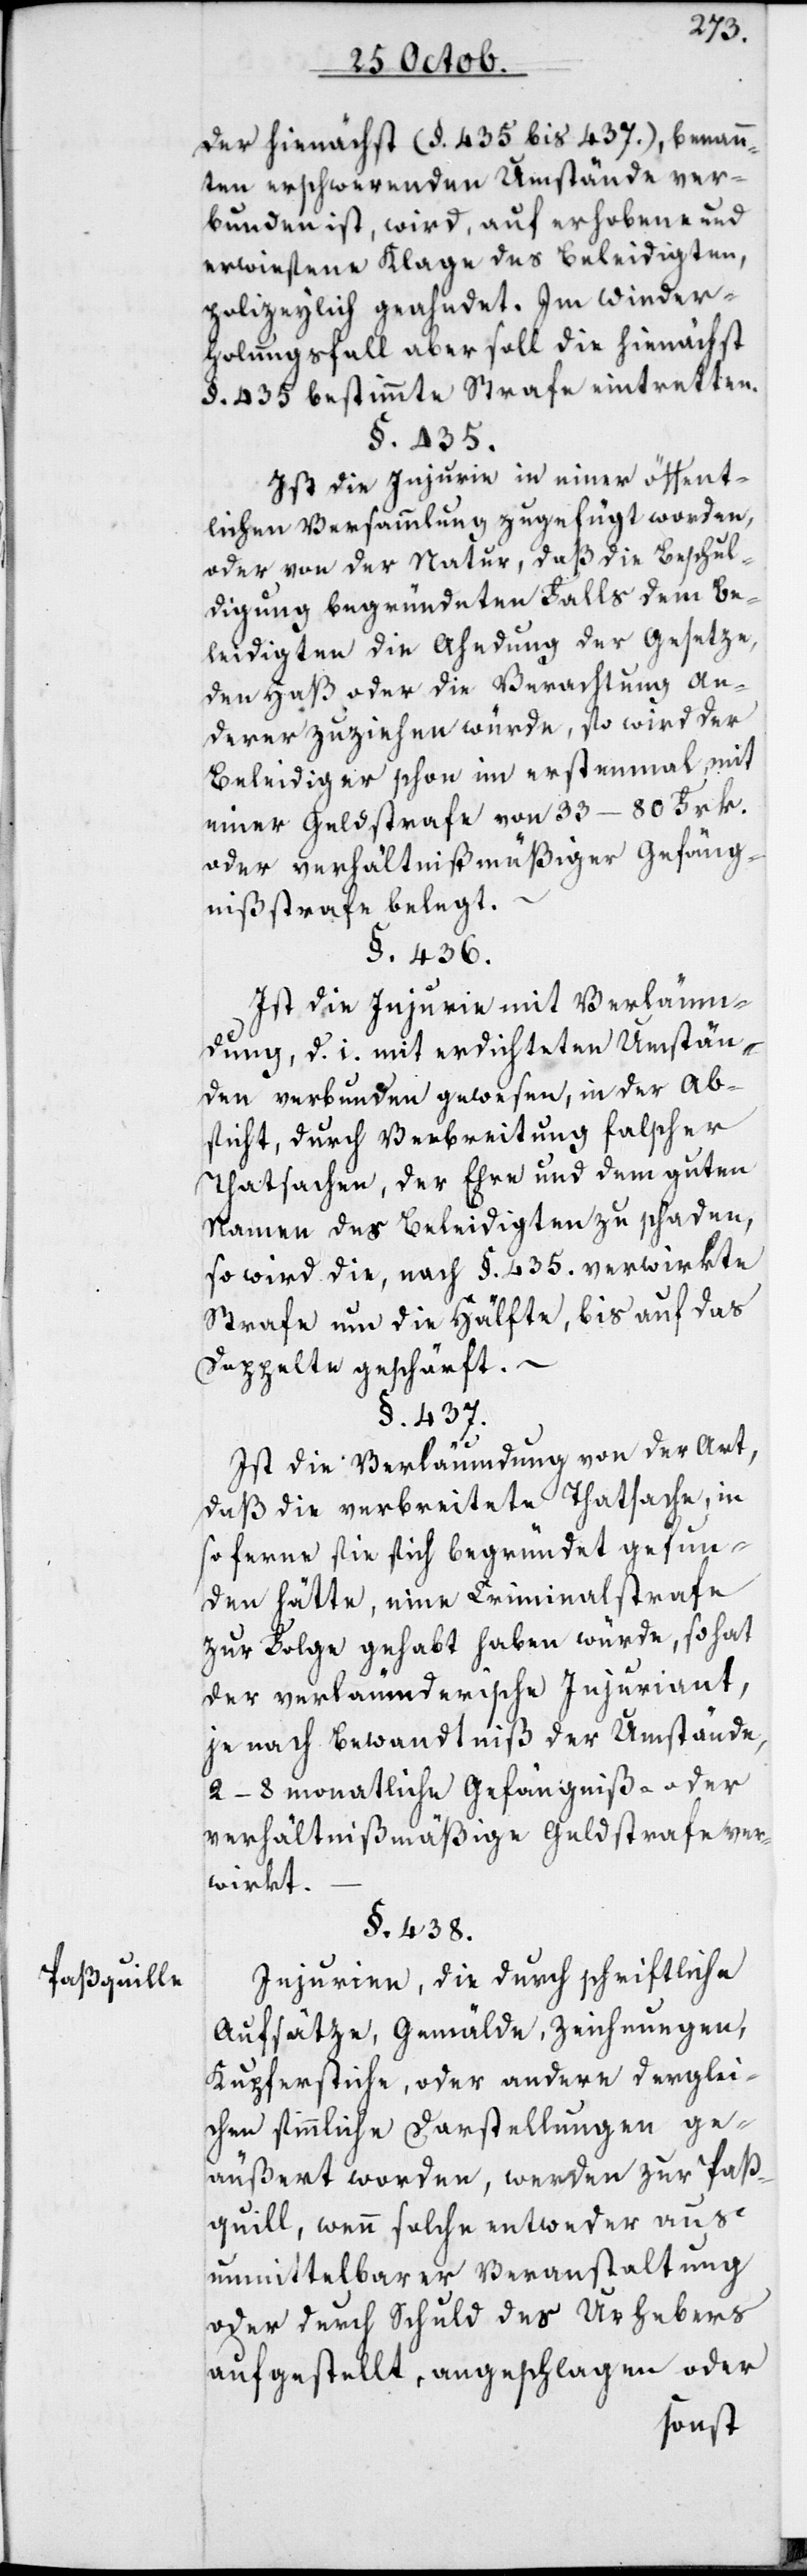
Paßquille.

der hienächst (§. 435 bis 437), benann¬
ten erschwerenden Umstände ver¬
bunden ist, wird, auf erhobene und
erwiesene Klage des Beleidigten,
polizeylich geahndet. Im Wieder¬
holungsfall aber soll die hienächst
§. 435 bestimmte Strafe eintretten.
§. 435.
Ist die Injurie in einer öffent¬
lichen Versammlung zugefügt worden,
oder von der Natur, daß die Beschul¬
digung begründeten Falls dem Be¬
leidigten die Ahndung der Gesetze,
den Haß oder die Verachtung An¬
derer zuziehen würde, so wird der
Beleidiger schon im erstenmal mit
einer Geldstrafe von 33–80 Frk.
oder verhältnißmäßiger Gefäng¬
nißstrafe belegt.
§. 436.
Ist die Injurie mit Verläum¬
dung, d. i. mit erdichteten Umstän¬
den verbunden gewesen, in der Ab¬
sicht, durch Verbreitung falscher
Thatsachen, der Ehre und dem guten
Namen des Beleidigten zu schaden,
so wird die, nach §. 435. verwirkte
Strafe um die Hälfte, bis auf das
Doppelte geschärft. –
§. 437.
Ist die Verläumdung von der Art,
daß die verbreitete Thatsache, in
so ferne sie sich begründet gefun¬
den hätte, eine Criminalstrafe
zur Folge gehabt haben würde, so hat
der verläumderische Injuriant,
je nach Bewandtniß der Umstände,
2–8 monatliche Gefängniß- oder
verhältnißmäßige Geldstrafe ver¬
wirkt.
§. 438.
Injurien, die durch schriftliche
Aufsätze, Gemälde, Zeichnungen,
Kupferstiche, oder andere derglei¬
chen sinnliche Darstellungen ge¬
äußert worden, werden zur Paß¬
quille, wenn solche entweder aus
unmittelbarer Veranstaltung
oder durch Schuld des Urhebers
aufgestellt, angeschlagen oder